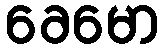
ခေမော